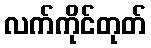
လက်ကိုင်တုတ်